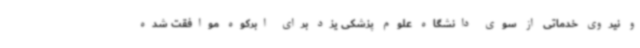
و نیروی خدماتی از سوی دانشگاه علوم پزشکی یزد برای ابرکوه موافقت شده